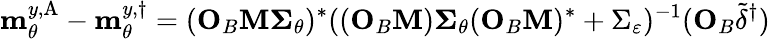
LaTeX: \mathbf{m}_{\theta}^{y,\textup{A}}-\mathbf{m}_{\theta}^{y,\dagger}=(\mathbf{O}_{B}\mathbf{M\Sigma}_{\theta})^{\ast}((\mathbf{O}_{B}\mathbf{M})\mathbf{\Sigma}_{\theta}(\mathbf{O}_{B}\mathbf{M})^{\ast}+\Sigma_{\varepsilon})^{-1}(\mathbf{O}_{B}\widetilde{\delta}^{\dagger})